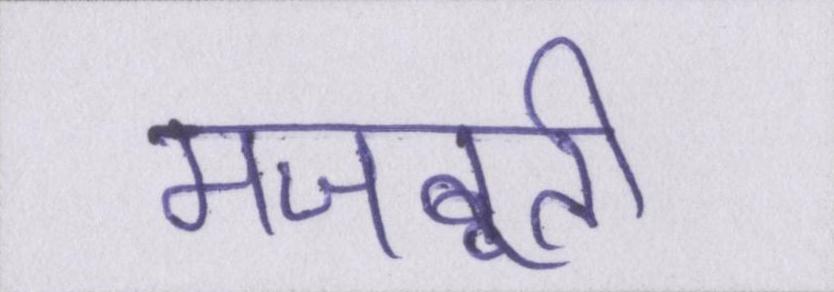
मजबूती